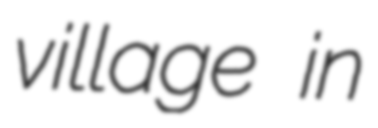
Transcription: village in